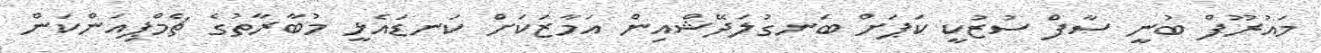
މައުރޫފް ބުނީ ސާފް ސުޒުކީ ކަޕަށް ބަނގުލަދޭޝްއިން އަމާޒަކަށް ކަނޑައެޅީ މުބާރާތުގެ ޗެމްޕިއަންކަން